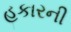
હકારની